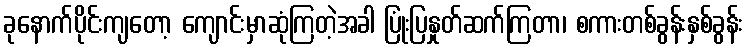
ခုနောက်ပိုင်းကျတော့ ကျောင်းမှာဆုံကြတဲ့အခါ ပြုံးပြနှုတ်ဆက်ကြတာ၊ စကားတစ်ခွန်းနှစ်ခွန်း